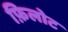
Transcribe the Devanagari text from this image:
फ़िलोट